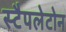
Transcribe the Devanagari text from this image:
स्टैपलेटोन